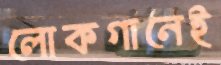
লোকগানেই